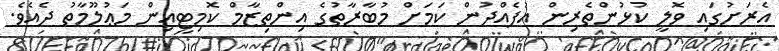
އެރަށުގައި ވޮލީ ކުޅުންތެރިން އުފެއްދުން ކަމަށް މުބާރާތުގެ އިންތިޒާމް ކޮމިޓީއިން މަޢުލޫމާތު ދެއެވެ.